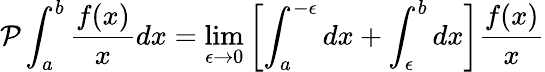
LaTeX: \mathcal{P}\int_{a}^{b}\frac{f(x)}{x}dx=\operatorname*{lim}_{\epsilon\to 0}\left[\int_{a}^{-\epsilon}dx+\int_{\epsilon}^{b}dx\right]\frac{f(x)}{x}